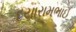
દયારામભાઈ